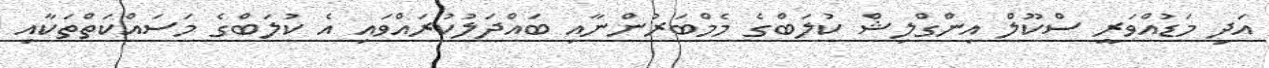
އަދި މަޑުއްވަރީ ސްކޫލް އިންގްލިޝް ކުލަބްގެ މެމްބަރުންނާއި ބައްދަލުކުރައްވައި އެ ކުލަބްގެ މަސައްކަތްތަކާއި